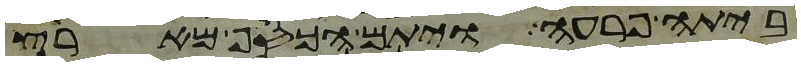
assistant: ביתה פרעה ויתם הכסף מארץ